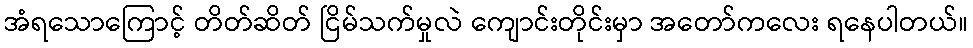
အံရသောကြောင့် တိတ်ဆိတ် ငြိမ်သက်မှုလဲ ကျောင်းတိုင်းမှာ အတော်ကလေး ရနေပါတယ်။